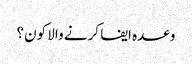
وعدہ ایفا کرنے والا کون؟